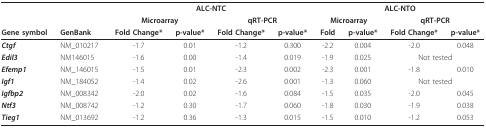
|  |  | <COLSPAN=4> ALC-NTC | <COLSPAN=4> ALC-NTO |
 |  |  | <COLSPAN=2> Microarray | <COLSPAN=2> qRT-PCR | <COLSPAN=2> Microarray | <COLSPAN=2> qRT-PCR |
 | Gene symbol | GenBank | Fold Change* | p-value* | Fold Change* | p-value* | Fold | p-value* | Fold Change* | p-value* |
 | --- | --- | --- | --- | --- | --- | --- | --- | --- | --- |
 | Ctgf | NM_010217 | -1.7 | 0.01 | -1.2 | 0.300 | -2.2 | 0.004 | -2.0 | 0.048 |
 | Edil3 | NM146015 | -1.6 | 0.00 | -1.4 | 0.019 | -1.9 | 0.025 | <COLSPAN=2> Not tested |
 | Efemp1 | NM_146015 | -1.5 | 0.01 | -2.3 | 0.002 | -2.3 | 0.001 | -1.8 | 0.010 |
 | Igf1 | NM_184052 | -1.4 | 0.02 | -2.6 | 0.001 | -1.3 | 0.060 | <COLSPAN=2> Not tested |
 | Igfbp2 | NM_008342 | -2.0 | 0.02 | -1.6 | 0.084 | -1.5 | 0.035 | -2.0 | 0.045 |
 | Ntf3 | NM_008742 | -1.2 | 0.30 | -1.7 | 0.060 | -1.8 | 0.030 | -1.9 | 0.038 |
 | Tieg1 | NM_013692 | -1.2 | 0.36 | -1.3 | 0.015 | -1.5 | 0.010 | -1.2 | 0.053 |